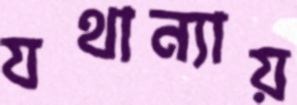
যথান্যায়